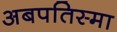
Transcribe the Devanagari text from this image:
अबपतिस्मा